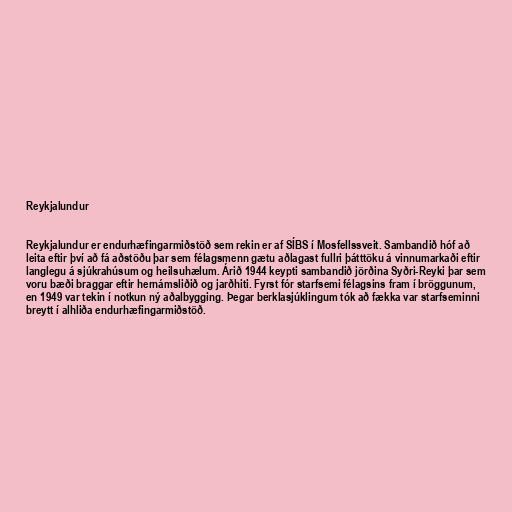
Reykjalundur

Reykjalundur er endurhæfingarmiðstöð sem rekin er af SÍBS í Mosfellssveit. Sambandið hóf að
leita eftir því að fá aðstöðu þar sem félagsmenn gætu aðlagast fullri þátttöku á vinnumarkaði eftir
langlegu á sjúkrahúsum og heilsuhælum. Árið 1944 keypti sambandið jörðina Syðri-Reyki þar sem
voru bæði braggar eftir hernámsliðið og jarðhiti. Fyrst fór starfsemi félagsins fram í bröggunum,
en 1949 var tekin í notkun ný aðalbygging. Þegar berklasjúklingum tók að fækka var starfseminni
breytt í alhliða endurhæfingarmiðstöð.